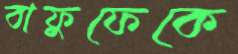
বাফুফেকে